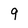
Character: 9